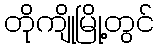
တိုကျိုမြို့တွင်